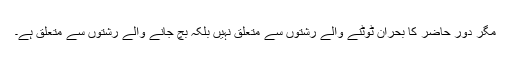
مگر دورِ حاضر کا بحران ٹوٹنے والے رشتوں سے متعلق نہیں بلکہ بچ جانے والے رشتوں سے متعلق ہے۔